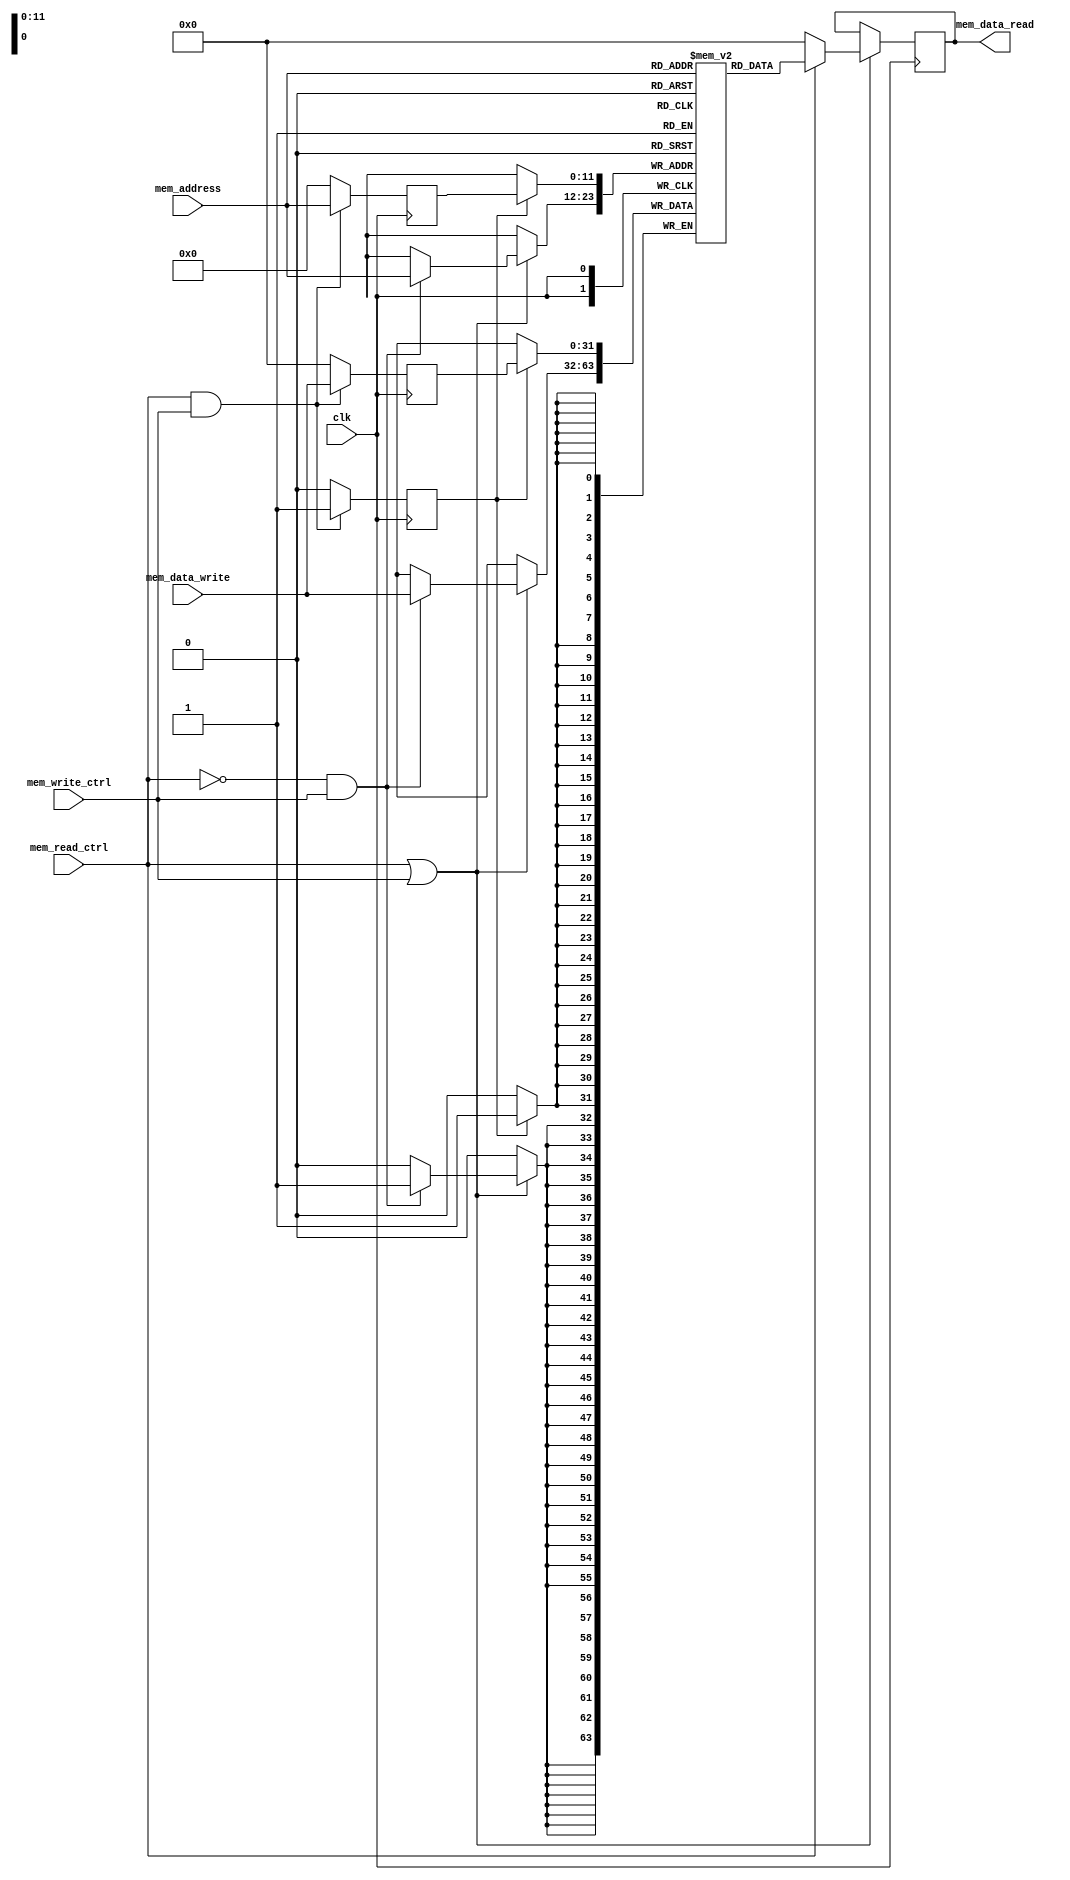
`timescale 1ns / 1ps

module data_memory(clk,mem_read_ctrl,mem_write_ctrl,mem_address,
mem_data_write,mem_data_read);

input mem_read_ctrl;
input mem_write_ctrl;
input clk;
input [11:0] mem_address;//We need atleast 12 bits in the address to access 4K data words.
input [31:0] mem_data_write;
output reg [31:0]mem_data_read;
reg [31:0]mem_data_temp;
reg [11:0]mem_address_temp;
reg temp;
/*RAM*/
reg [31:0] mem_ram [0:4095];  //16KB of data memory, 4K data words present in the memory

always@(posedge clk)
begin
    if(mem_read_ctrl || mem_write_ctrl)
    begin
        if(mem_read_ctrl)
            mem_data_read=mem_ram[mem_address]; //load
        else
            mem_data_read=32'b0;//In case of store
            
        if(!mem_read_ctrl && mem_write_ctrl) //store the data into the memory
        begin
            mem_ram[mem_address]=mem_data_write;
        end
    end
end

always @(posedge clk)
begin
    if(mem_read_ctrl && mem_write_ctrl)
        begin
            temp<=1;
            mem_data_temp<=mem_data_write;
            mem_address_temp<=mem_address;
        end
    else
        begin
            temp<=0;
            mem_data_temp<=32'b0;
            mem_address_temp<=12'b0;
        end
end

always @ (negedge clk)
begin
    if(temp)
        mem_ram[mem_address_temp]=mem_data_temp;
end

endmodule